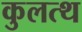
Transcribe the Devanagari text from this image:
कुलत्थ